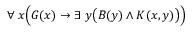
\forall \; x { \Big ( } G ( x ) \rightarrow \exists \; y { \big ( } B ( y ) \land K ( x , y ) { \big ) } { \Big ) }